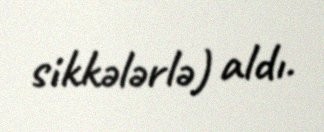
sikkələrlə) aldı.